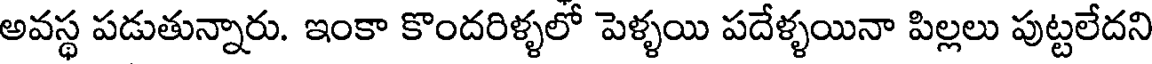
అవస్థ పడుతున్నారు. ఇంకా కొందరిళ్ళలో పెళ్ళయి పదేళ్ళయినా పిల్లలు పుట్టలేదని